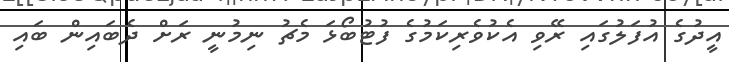
އީދުގެ އުފަލުގައި ރޭވި އެކުވެރިކަމުގެ ފުޓުބޯޅަ މެޗު ނިމުނީ ރަށް ދެބައިން ބައި